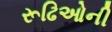
રૂઢિઓની